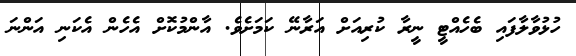
ހުޅުވާލާފައި ބެހެއްޓީ ނީރާ ކުރިއަށް އަރާނޭ ކަމަށެވެ. އާންމުކޮށް އެހެން އެކަނި އަންނަ